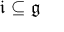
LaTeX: { \mathfrak { i } } \subseteq { \mathfrak { g } }